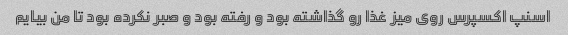
اسنپ اکسپرس روی میز غذا رو گذاشته بود و رفته بود و صبر نکرده بود تا من بیایم